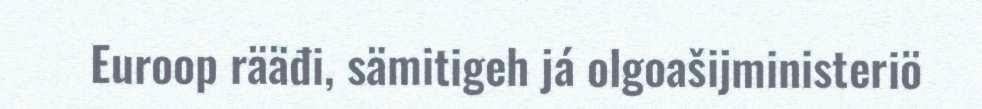
Euroop rääđi, sämitigeh já olgoašijministeriö